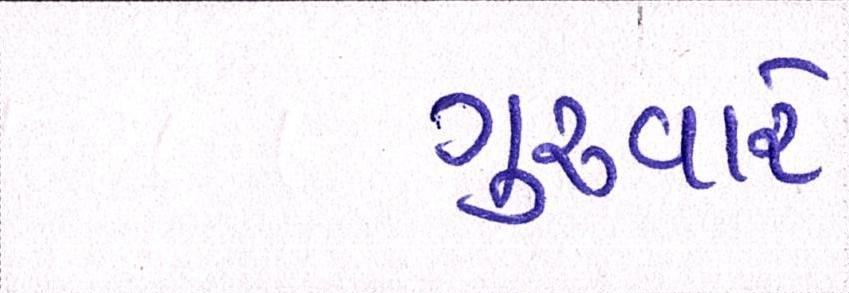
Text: ગુરુવારે